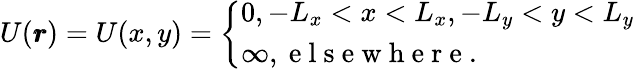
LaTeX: U(\pmb{r})=U(x,y)=\left\{ \begin{array}{ll}{0,-L_{x}<x<L_{x},-L_{y}<y<L_{y}}\\ {\infty,\mathrm{~e~l~s~e~w~h~e~r~e~.~}}\end{array}\right.